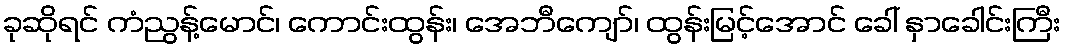
ခုဆိုရင် ကံညွန့်မောင်၊ ကောင်းထွန်း၊ အေဘီကျော်၊ ထွန်းမြင့်အောင် ခေါ် နှာခေါင်းကြီး